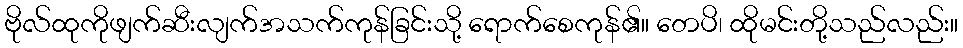
ဗိုလ်ထုကိုဖျက်ဆီးလျက်အသက်ကုန်ခြင်းသို့ ရောက်စေကုန်၏။ တေပိ၊ ထိုမင်းတို့သည်လည်း။